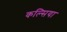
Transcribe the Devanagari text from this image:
कल्सिया